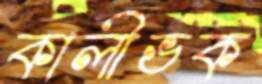
কালীভক